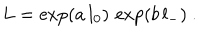
L = \exp ( a \, l _ { 0 } ) \, \exp ( b \, l _ { - } ) ~ .